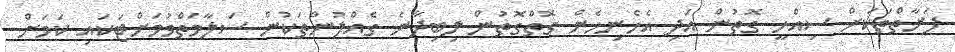
ފަރާތްތަކަށް ސިއްހީ ގޮތުން އަދި އެހެނިހެން ގޮތްގޮތުން ލިބިދާނެ ގެއްލުންތަކުން ސަލާމަތްވުމަށްޓަކައި ކަމަށް